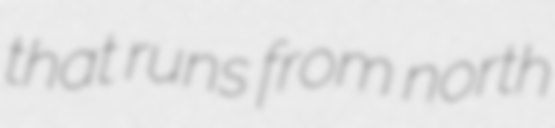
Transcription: that runs from north